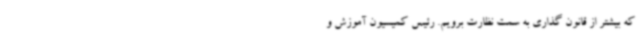
که بیشتر از قانون گذاری به سمت نظارت برویم. رئیس کمیسیون آموزش و